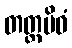
တတ္တမိဝံ